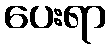
ပေးရာ